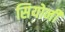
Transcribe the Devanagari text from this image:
सियोनी